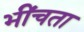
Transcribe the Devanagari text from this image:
भींचता